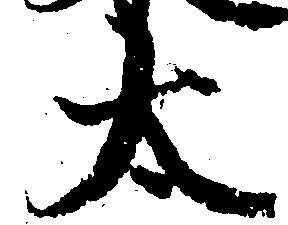
太